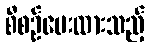
စီစဉ်ပေးထားသည့်